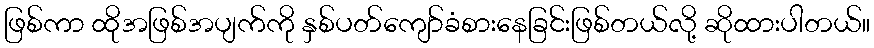
ဖြစ်ကာ ထိုအဖြစ်အပျက်ကို နှစ်ပတ်ကျော်ခံစားနေခြင်းဖြစ်တယ်လို့ ဆိုထားပါတယ်။